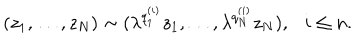
( z _ { 1 } , \ldots , z _ { N } ) \sim ( \lambda ^ { q _ { 1 } ^ { ( i ) } } z _ { 1 } , \ldots , \lambda ^ { q _ { N } ^ { ( i ) } } z _ { N } ) , i \le n .